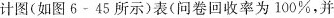
计图(如图6-45所示)表(问卷回收率为100%，并